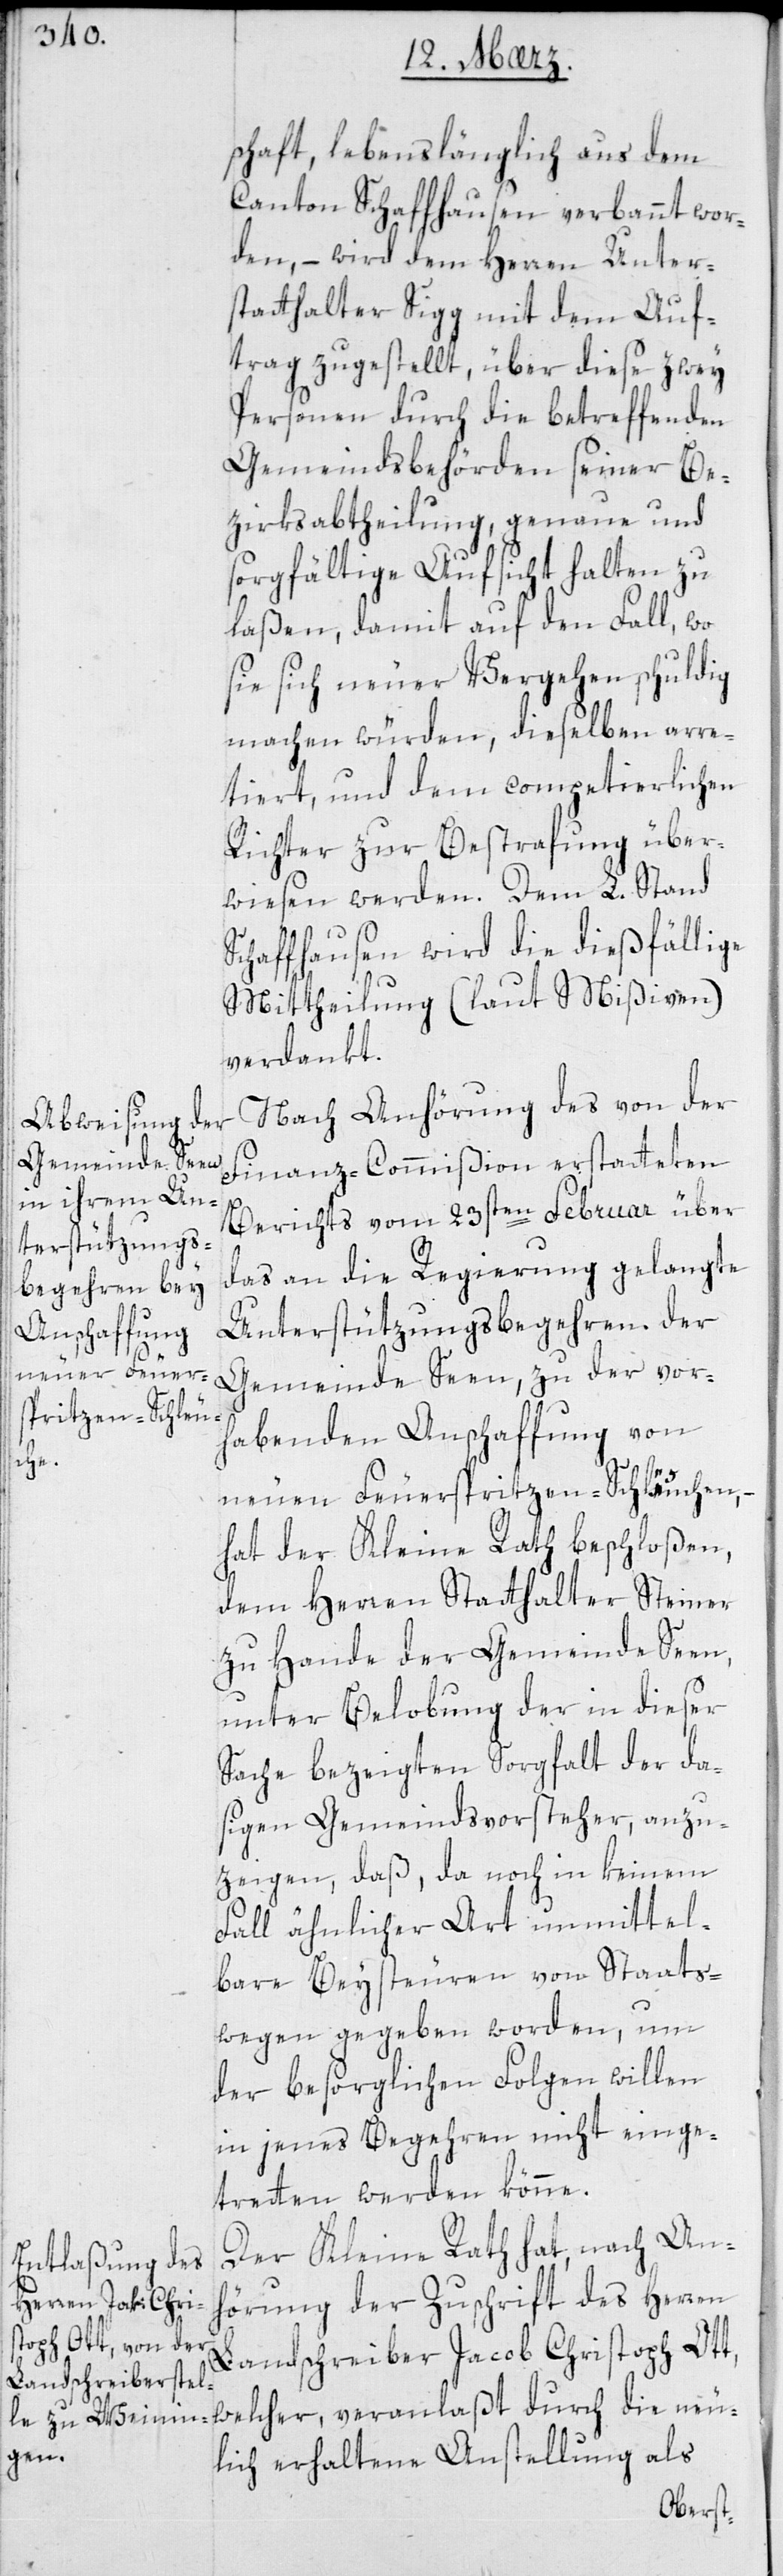
schaft lebenslänglich aus dem
Canton Schaffhausen verbannt wor¬
den, – wird dem Herren Unter¬
statthalter Sigg mit dem Auf¬
trag zugestellt, über diese zwey
Personen durch die betreffenden
Gemeindsbehörden seiner Be¬
zirksabtheilung genaue und
sorgfältige Aufsicht halten zu
laßen, damit auf den Fall, wo
sie sich neuer Vergehen schuldig
machen würden, dieselben arre¬
tiert, und dem competierlichen
Richter zur Bestrafung über¬
wiesen werden. Dem L. Stand
Schaffhausen wird die dießfällige
Mittheilung (laut Mißiven)
verdankt.
Nach Anhörung des von der
Finanz-Commißion erstatteten
Berichts vom 23sten Februar über
das an die Regierung gelangte
Unterstützungsbegehren der
Gemeinde Seen, zu der vor¬
habenden Anschaffung von
neu¬
neuen Feuerspritzen-Schläuchen,
hat der Kleine Rath beschloßen,
dem Herren Statthalter Steiner
zu Hande der Gemeinde Seen,
unter Belobung der in dieser
Sache bezeigten Sorgfalt der da¬
sigen Gemeindsvorsteher anzu¬
zeigen, daß da noch in keinem
Fall ähnlicher Art unmittel¬
bare Beysteuern von Staats
wegen gegeben worden, um
der besorglichen Folgen willen,
in jenes Begehren nicht einge¬
treten werden könne.
Der Kleine Rath hat, nach An¬
hörung der Zuschrift des Herren
Landschreiber Jacob Christoph Ott,
lich erhaltene Anstellung als